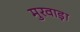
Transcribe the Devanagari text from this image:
मुरवाड़ा